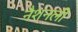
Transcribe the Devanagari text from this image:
नैशनली